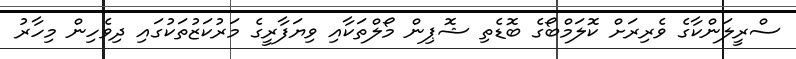
ސްރީލަންކާގެ ވެރިރަށް ކޮލަމްބޯގެ ބޮޑެތި ޝޮޕިން މޯލްތަކާއި ވިޔަފާރީގެ މަރުކަޒުތަކުގައި ދިވެހިން މިހާރު